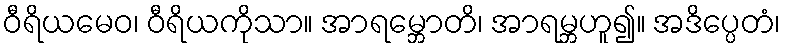
ဝီရိယမေဝ၊ ဝီရိယကိုသာ။ အာရမ္ဘောတိ၊ အာရမ္ဘဟူ၍။ အဒိပ္ပေတံ၊